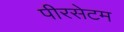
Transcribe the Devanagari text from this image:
पीरसेटम